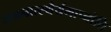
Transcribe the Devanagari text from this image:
भजनात्स्थैर्यमाप्नोति